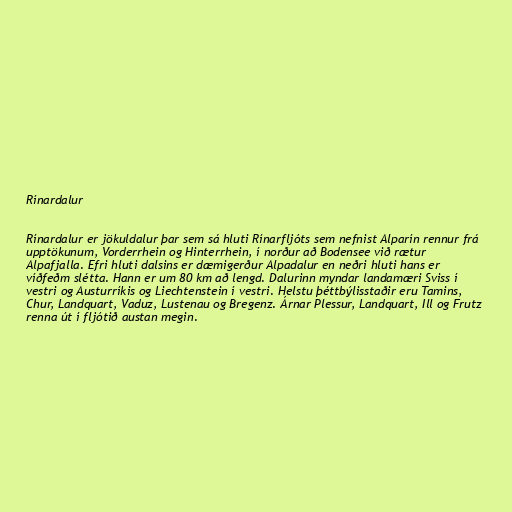
Rínardalur

Rínardalur er jökuldalur þar sem sá hluti Rínarfljóts sem nefnist Alparín rennur frá
upptökunum, Vorderrhein og Hinterrhein, í norður að Bodensee við rætur
Alpafjalla. Efri hluti dalsins er dæmigerður Alpadalur en neðri hluti hans er
víðfeðm slétta. Hann er um 80 km að lengd. Dalurinn myndar landamæri Sviss í
vestri og Austurríkis og Liechtenstein í vestri. Helstu þéttbýlisstaðir eru Tamins,
Chur, Landquart, Vaduz, Lustenau og Bregenz. Árnar Plessur, Landquart, Ill og Frutz
renna út í fljótið austan megin.